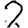
Digit: 2